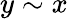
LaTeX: y\sim x